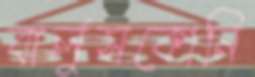
বার্লুসকোনি